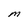
Character: M